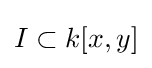
I\subset k[x,y]